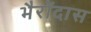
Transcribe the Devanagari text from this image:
भैरोंदास